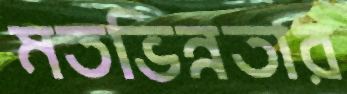
মতভিন্নতার